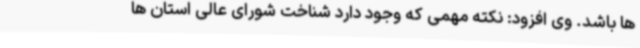
ها باشد. وی افزود: نکته مهمی که وجود دارد شناخت شورای عالی استان ها